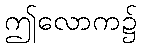
ဤလောက၌